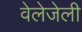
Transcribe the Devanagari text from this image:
वेलेजेली